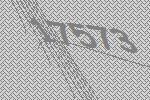
17573